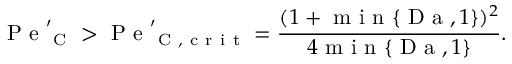
\mathrm { ~ P ~ e ~ } _ { \mathrm { ~ C ~ } } ^ { \prime } > \mathrm { ~ P ~ e ~ } _ { \mathrm { ~ C ~ , ~ c ~ r ~ i ~ t ~ } } ^ { \prime } = \frac { ( 1 + \mathrm { ~ m ~ i ~ n ~ } \{ \mathrm { ~ D ~ a ~ } , 1 \} ) ^ { 2 } } { 4 \mathrm { ~ m ~ i ~ n ~ } \{ \mathrm { ~ D ~ a ~ } , 1 \} } .